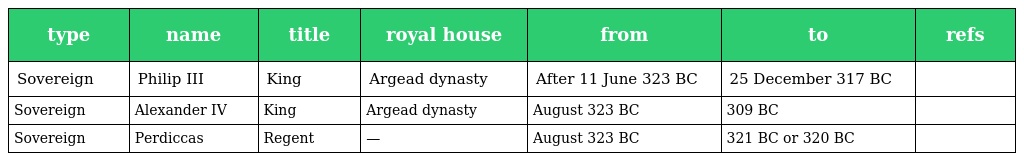
| type | name | title | royal house | from | to | refs |
 | --- | --- | --- | --- | --- | --- | --- |
 | Sovereign | Philip III | King | Argead dynasty | After 11 June 323 BC | 25 December 317 BC |  |
 | Sovereign | Alexander IV | King | Argead dynasty | August 323 BC | 309 BC |  |
 | Sovereign | Perdiccas | Regent | — | August 323 BC | 321 BC or 320 BC |  |